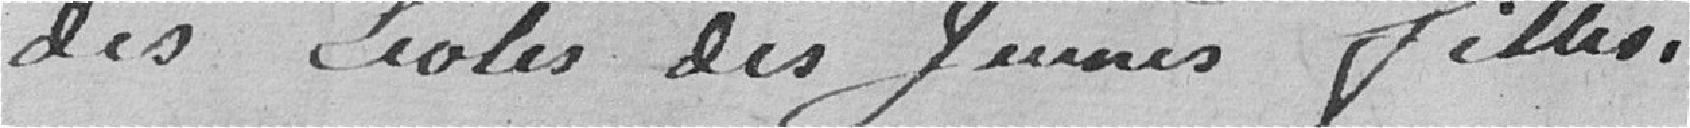
des écoles des jeunes filles.